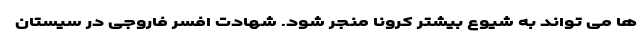
ها می تواند به شیوع بیشتر کرونا منجر شود. شهادت افسر فاروجی در سیستان